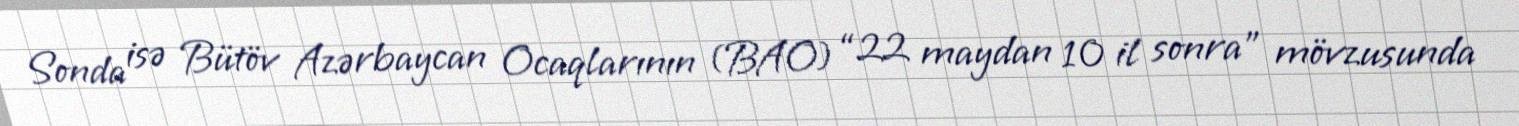
Sonda isə Bütöv Azərbaycan Ocaqlarının (BAO) “22 maydan 10 il sonra” mövzusunda